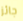
جائز